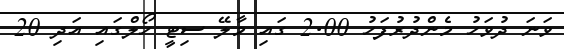
ވަނަ ދުވަހު މެންދުރުފަހު 2.00 ގައި މާލޭ ސިޓީ ހޯލްގައި އަދި 20